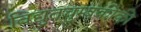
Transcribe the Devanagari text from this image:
विद्युतचुम्बकीकी